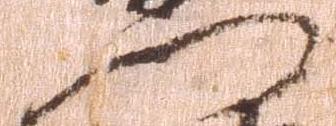
門